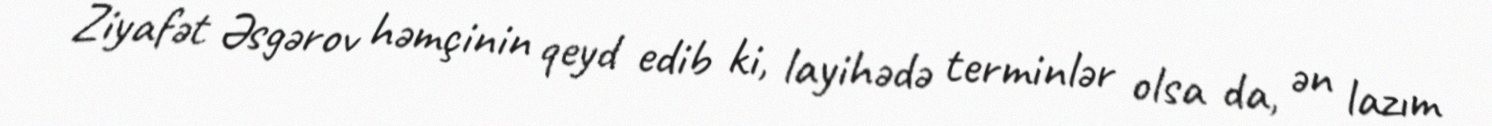
Ziyafət Əsgərov həmçinin qeyd edib ki, layihədə terminlər olsa da, ən lazım